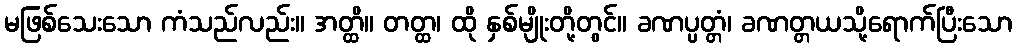
မဖြစ်သေးသော ကံသည်လည်း။ အတ္ထိ။ တတ္ထ၊ ထို နှစ်မျိုးတို့တွင်။ ခဏပ္ပတ္တံ၊ ခဏတ္တယသို့ရောက်ပြီးသော